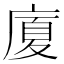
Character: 廈